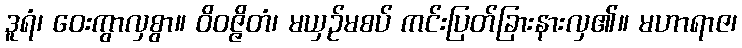
ဒူရံ၊ ဝေးကွာလှစွာ။ ဝိဝဇ္ဇိတံ၊ မယှဉ်မစပ် ကင်းပြတ်ခြားနားလှ၏။ မဟာရာဇ၊